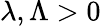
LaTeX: \lambda,\Lambda>0